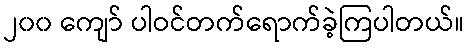
၂၀၀ ကျော် ပါဝင်တက်ရောက်ခဲ့ကြပါတယ်။